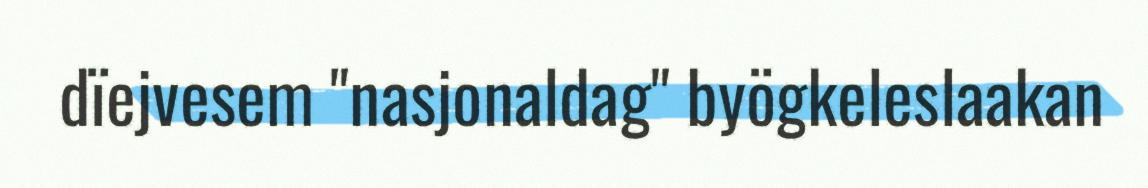
dïejvesem "nasjonaldag" byögkeleslaakan